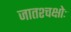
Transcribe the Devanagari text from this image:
जातश्चक्षोः